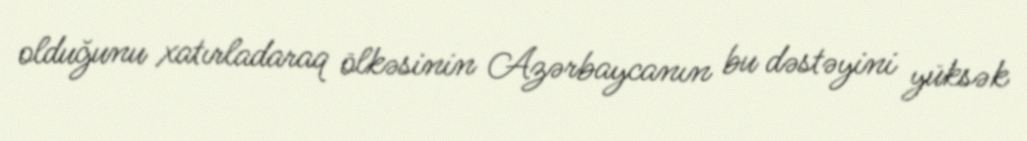
olduğunu xatırladaraq ölkəsinin Azərbaycanın bu dəstəyini yüksək